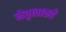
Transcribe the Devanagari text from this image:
नेतृत्वाकडे